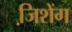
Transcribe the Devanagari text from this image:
जि़शेंग